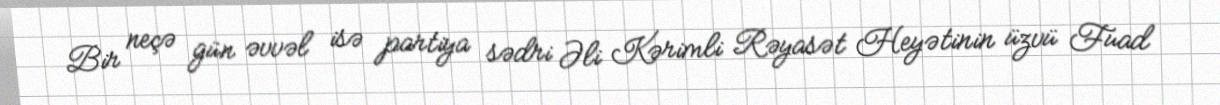
Bir neçə gün əvvəl isə partiya sədri Əli Kərimli Rəyasət Heyətinin üzvü Fuad